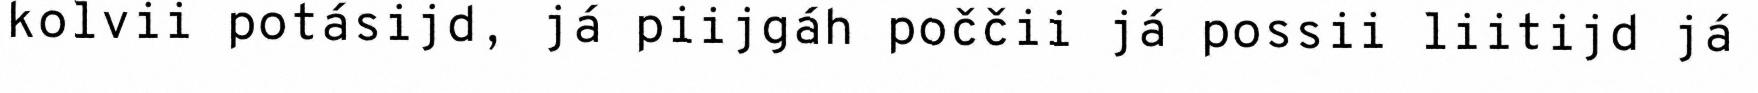
kolvii potásijd, já piijgáh poččii já possii liitijd já